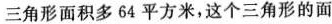
三角形面积多64平方米，这个三角形的面